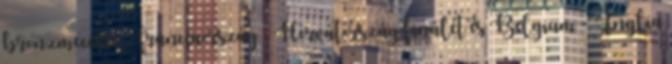
bronzmeccsre Franciaország - Horvátország finálét és Belgium - Anglia